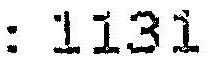
: 1131